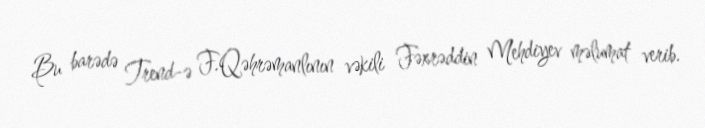
Bu barədə Trend-ə F.Qəhrəmanlının vəkili Fəxrəddin Mehdiyev məlumat verib.